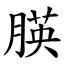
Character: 朠